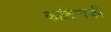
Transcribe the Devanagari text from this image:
काटिन्स्की